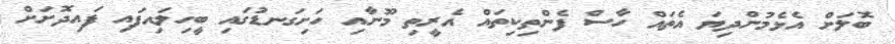
ބޮލަށް އެޅެމުންދިޔަ އެތައް ހާސް ފެންތިކިތައް އެރީތި މޫނާއި ހަށިގަނޑުގައި ބީހިލައިފައި ފައިދޮށަށް